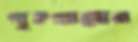
গৃহগ্রামের